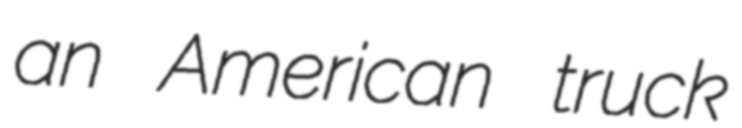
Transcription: an American truck